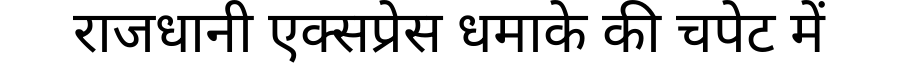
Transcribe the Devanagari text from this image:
राजधानी एक्सप्रेस धमाके की चपेट में